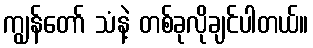
ကျွန်တော် သံနဲ့ တစ်ခုလိုချင်ပါတယ်။